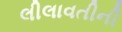
લીલાવતીની